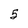
Character: 5